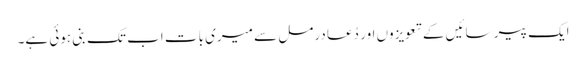
ایک پیر سائیں کے تعویزوں اور دُعا درمل سے میری بات اب تک بنی ہوئی ہے۔